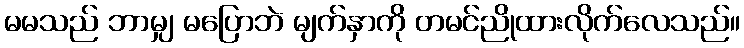
မမသည် ဘာမျှ မပြောဘဲ မျက်နှာကို တမင်ညိုထားလိုက်လေသည်။